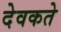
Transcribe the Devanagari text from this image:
देवकते